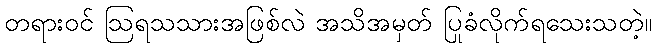
တရားဝင် ဩရသသားအဖြစ်လဲ အသိအမှတ် ပြုခံလိုက်ရသေးသတဲ့။